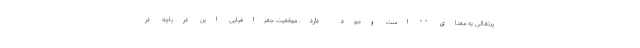
پرتغالی به معنای " " است وجود دارد. موقعیت جغرافیایی این دریاچه در